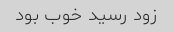
زود رسید خوب بود